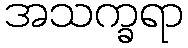
အသက္ခရာ